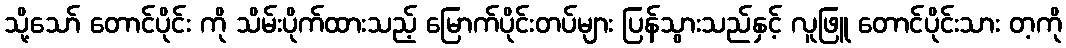
သို့သော် တောင်ပိုင်း ကို သိမ်းပိုက်ထားသည့် မြောက်ပိုင်းတပ်များ ပြန်သွားသည်နှင့် လူဖြူ တောင်ပိုင်းသား တ့ကို